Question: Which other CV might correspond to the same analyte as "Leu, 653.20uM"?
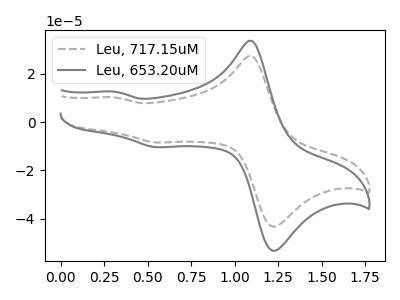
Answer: <think>The gray dashed curve "Leu, 717.15uM" has anodic peaks at (1.10V, 27.30uA) (0.30V, 10.20uA) and cathodic peaks at (1.25V, -42.90uA) (0.55V, -8.45uA). The gray curve "Leu, 653.20uM" has anodic peaks at (1.10V, 33.60uA) (0.30V, 12.60uA) and cathodic peaks at (1.25V, -52.75uA) (0.55V, -10.40uA).
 All the peaks in "Leu, 717.15uM" have a peak in "Leu, 653.20uM" at the same potential. Every peak in "Leu, 717.15uM" is lower than every peak in "Leu, 653.20uM".</think>
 <answer>The CV with the most similar shape to "Leu, 717.15uM" is "Leu, 653.20uM".</answer>
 <eval>"Leu, 653.20uM"</eval>